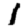
Digit: 1